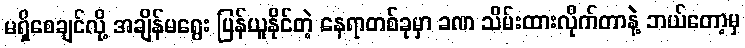
မရှိစေချင်လို့ အချိန်မရွေး ပြန်ယူနိုင်တဲ့ နေရာတစ်ခုမှာ ခဏ သိမ်းထားလိုက်တာနဲ့ ဘယ်တော့မှ